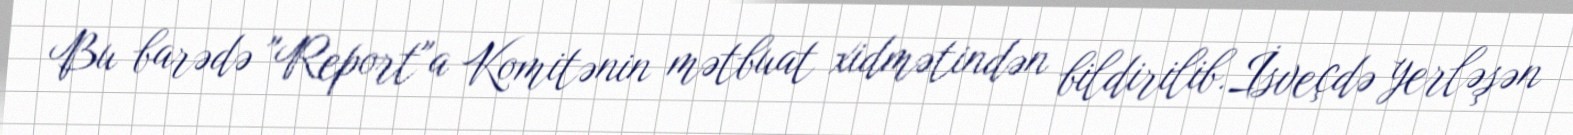
Bu barədə "Report"a Komitənin mətbuat xidmətindən bildirilib.İsveçdə yerləşən